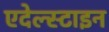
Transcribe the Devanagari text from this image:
एदेल्स्टाइन